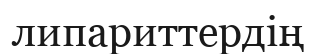
липариттердің